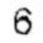
6